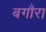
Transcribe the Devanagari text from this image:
बगौरा